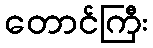
တောင်ကြီး